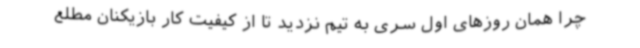
چرا همان روزهای اول سری به تیم نزدید تا از کیفیت کار بازیکنان مطلع